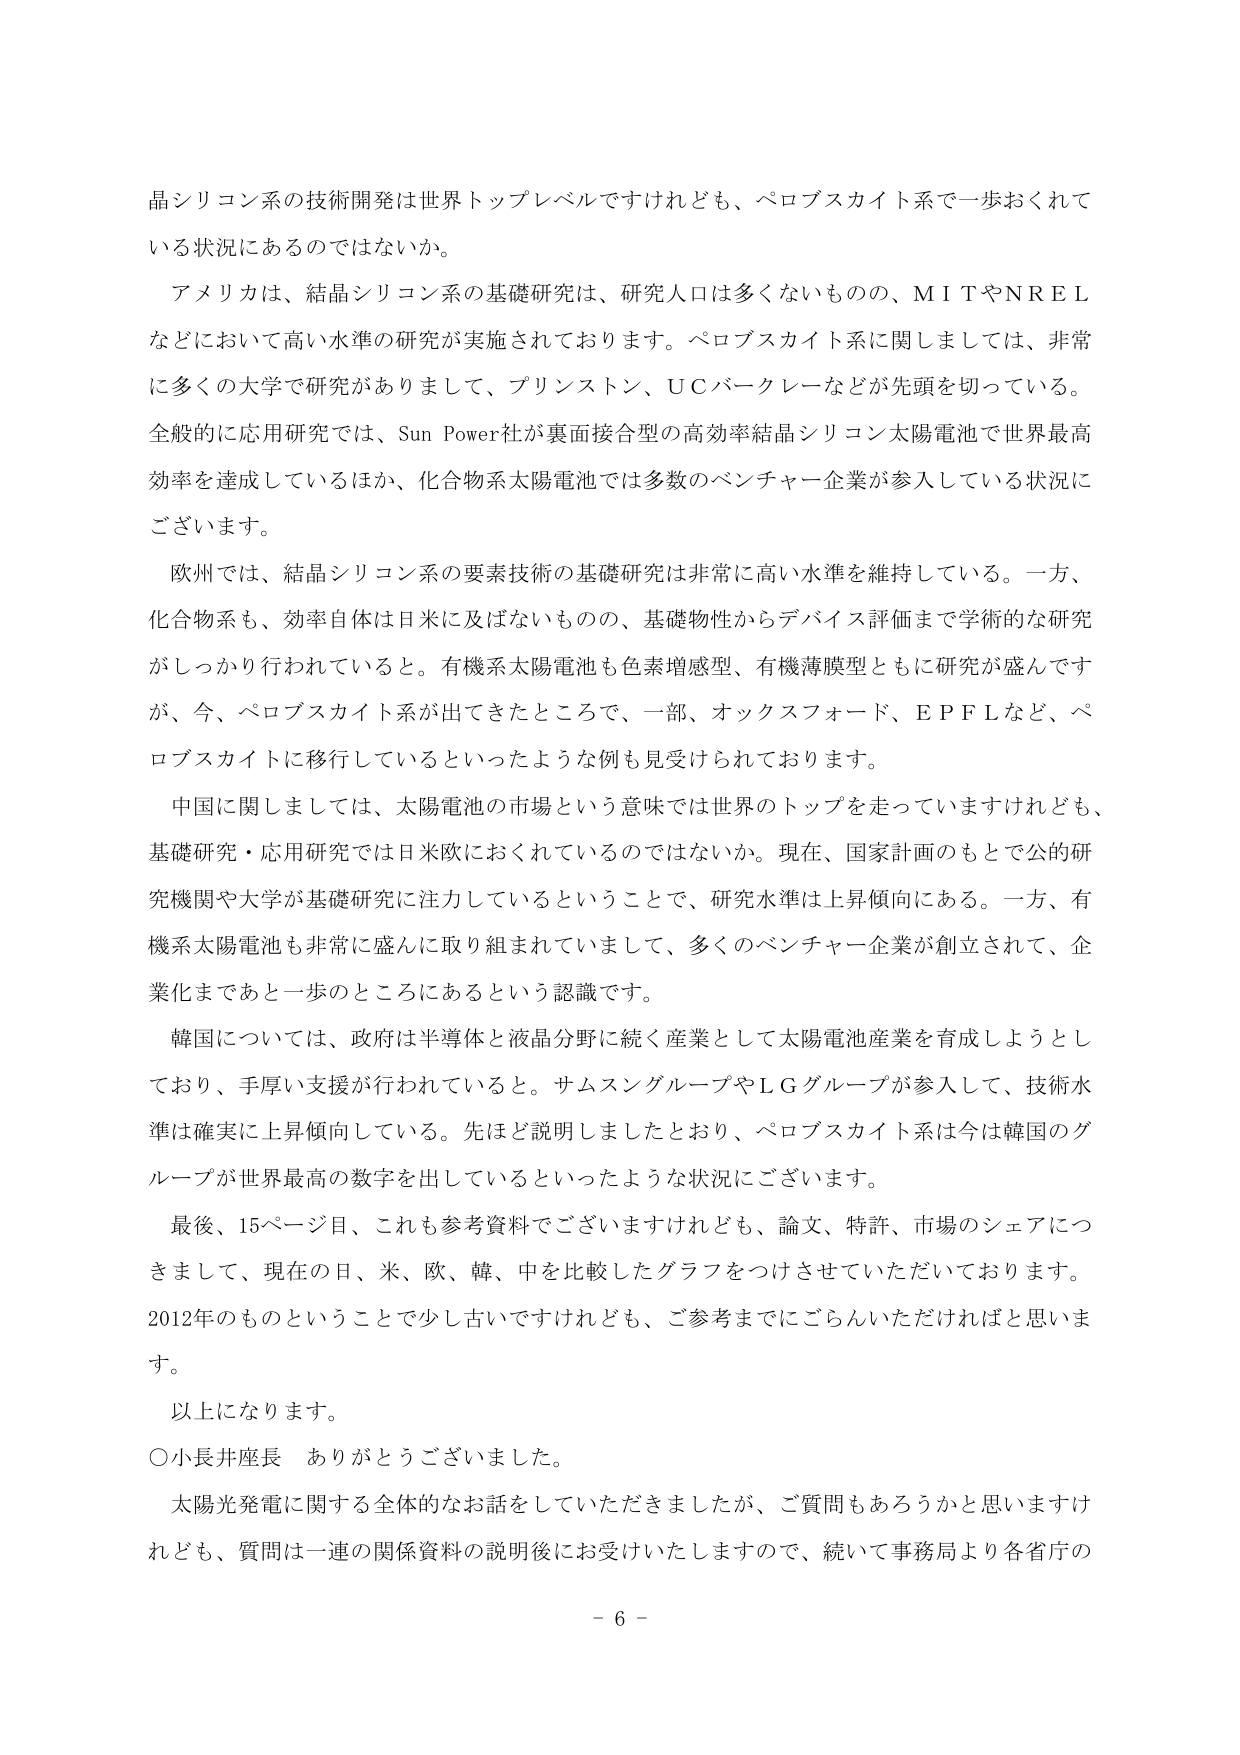
晶シリコン系の技術開発は世界トップレベルですけれども、ペロブスカイト系で一歩おくれている状況にあるのではないか。

アメリカは、結晶シリコン系の基礎研究は、研究人口は多くないものの、MITやNRELなどにおいて高い水準の研究が実施されております。ペロブスカイト系に関しましては、非常に多くの大学で研究がありまして、プリンストン、UCバークレーなどが先頭を切っている。全般的に応用研究では、Sun Power社が裏面接合型の高効率結晶シリコン太陽電池で世界最高効率を達成しているほか、化合物系太陽電池では多数のベンチャー企業が参入している状況にございます。

欧州では、結晶シリコン系の要素技術の基礎研究は非常に高い水準を維持している。一方、化合物系も、効率自体は日米に及ばないものの、基礎物性からデバイス評価まで学術的な研究がしっかり行われていると。有機系太陽電池も色素増感型、有機薄膜型ともに研究が盛んです が、今、ペロブスカイト系が出てきたところで、一部、オックスフォード、EPFLなど、ペロブスカイトに移行しているといったような例も見受けられております。

中国に関しましては、太陽電池の市場という意味では世界のトップを走っていますけれども、基礎研究・応用研究では日米欧におくれているのではないか。現在、国家計画のもとで公的研究機関や大学が基礎研究に注力しているということで、研究水準は上昇傾向にある。一方、有機系太陽電池も非常に盛んに取り組まれていまして、多くのベンチャー企業が創立されて、企業化まであと一歩のところにあるという認識です。

韓国については、政府は半導体と液晶分野に続く産業として太陽電池産業を育成しようとしており、手厚い支援が行われていると。サムスングループやLGグループが参入して、技術水準は確実に上昇傾向している。先ほど説明しましたとおり、ペロブスカイト系は今は韓国のグループが世界最高の数字を出しているといったような状況にございます。

最後、15ページ目、これも参考資料でございますけれども、論文、特許、市場のシェアにつきまして、現在の日、米、欧、韓、中を比較したグラフをつけさせていただいております。2012年のものということで少し古いですけれども、ご参考までにごらんいただければと思います。

以上になります。

○小長井座長　ありがとうございました。

太陽光発電に関する全体的なお話をさせていただきましたが、ご質問もあろうかと思いますけれども、質問は一連の関係資料の説明後にお受けいたしますので、続いて事務局より各省庁の

- 6 -